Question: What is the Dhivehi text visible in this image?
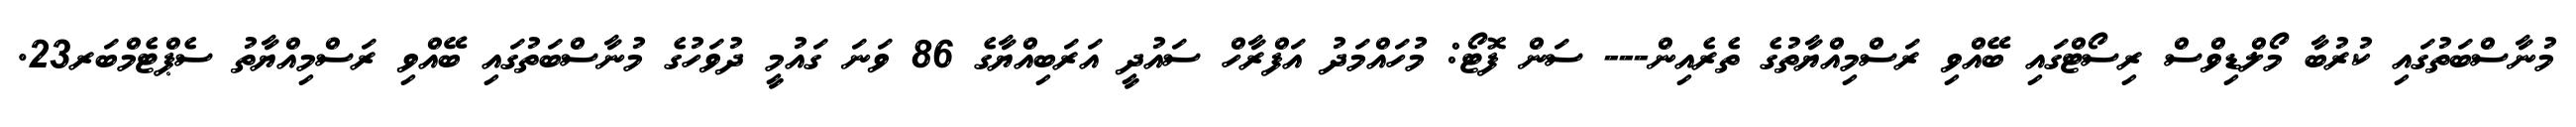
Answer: މުނާސްބަތުގައި ކުރުބާ މޯލްޑިވްސް ރިސޯޓްގައި ބޭއްވި ރަސްމިއްޔާތުގެ ތެރެއިން--- ސަން ފޮޓޯ: މުހައްމަދު އަފްރާހް ސައުދީ އަރަބިއްޔާގެ 86 ވަނަ ގައުމީ ދުވަހުގެ މުނާސްބަތުގައި ބޭއްވި ރަސްމިއްޔާތު ސެޕްޓެމްބަރ23.